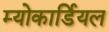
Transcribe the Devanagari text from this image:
म्योकार्डियल